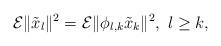
LaTeX: \begin{align*}\mathcal {E}\|\tilde{x}_l\|^2= \mathcal{E}\|\phi_{l,k}\tilde{x}_k\|^2, \ l\ge k,\end{align*}